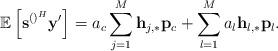
LaTeX: \begin{align*} \mathbb{E}\left[\mathbf{s}^{\left(\right)^H}\mathbf{y}'\right]=a_c\sum_{j=1}^{M}\mathbf{h}_{j,*}\mathbf{p}_c+\sum_{l=1}^M a_l \mathbf{h}_{l,*}\mathbf{p}_l.\end{align*}